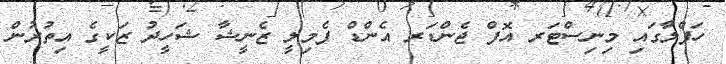
ހަފްލާގައި މިނިސްޓަރ އޮފް ޖެންޑަރ އެންޑް ފެމިލީ ޒެނީޝާ ޝަހީދު ޒަކީގެ އިތުރުން